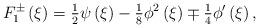
LaTeX: \begin{align*}{F_{1}^{\pm }}\left( \xi \right) ={\tfrac{1}{2}}\psi \left( \xi \right) -{\tfrac{1}{8}}\phi ^{2}\left( \xi \right) \mp {\tfrac{1}{4}}{\phi }^{\prime}\left( \xi \right) , \end{align*}